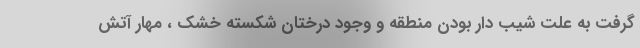
گرفت به علت شیب دار بودن منطقه و وجود درختان شکسته خشک ، مهار آتش